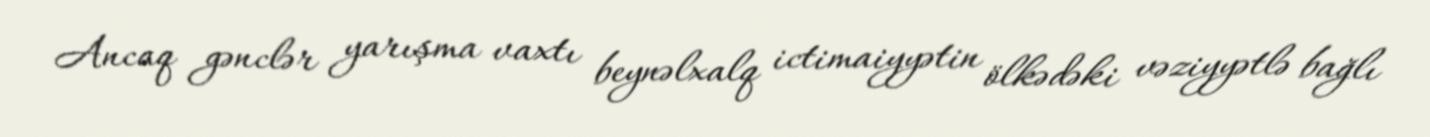
Ancaq gənclər yarışma vaxtı beynəlxalq ictimaiyyətin ölkədəki vəziyyətlə bağlı